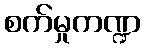
စက်မှုကဏ္ဍ